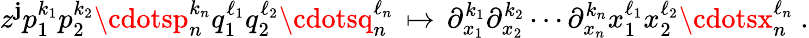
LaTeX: z^{\mathbf{j}}p_{1}^{k_{1}}p_{2}^{k_{2}}\cdotsp_{n}^{k_{n}}q_{1}^{\ell_{1}}q_{2}^{\ell_{2}}\cdotsq_{n}^{\ell_{n}}\, \mapsto\, \partial_{x_{1}}^{k_{1}}\partial_{x_{2}}^{k_{2}}\cdots\partial_{x_{n}}^{k_{n}}x_{1}^{\ell_{1}}x_{2}^{\ell_{2}}\cdotsx_{n}^{\ell_{n}}~.